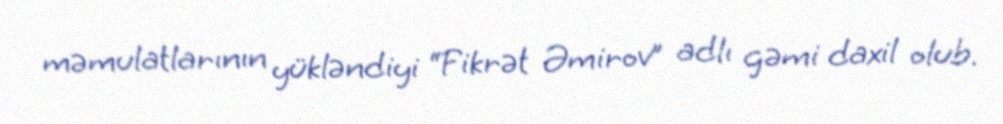
məmulatlarının yükləndiyi “Fikrət Əmirov” adlı gəmi daxil olub.